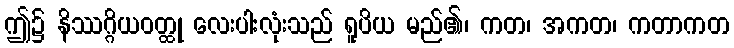
ဤ၌ နိဿဂ္ဂိယဝတ္ထု လေးပါးလုံးသည် ရူပိယ မည်၏၊ ကတ၊ အကတ၊ ကတာကတ